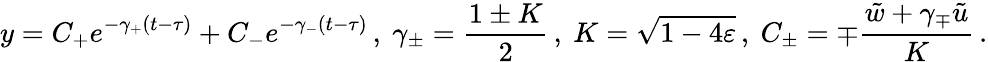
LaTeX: y=C_{+}e^{-\gamma_{+}(t-\tau)}+C_{-}e^{-\gamma_{-}(t-\tau)}\, ,\ \gamma_{\pm}=\frac{1\pm K}{2}\, ,\ K=\sqrt{1-4\varepsilon}\, ,\ C_{\pm}=\mp\frac{\tilde{w}+\gamma_{\mp}\tilde{u}}{K}\, .